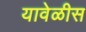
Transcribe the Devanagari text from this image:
यावेळीस